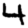
Digit: 4